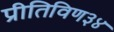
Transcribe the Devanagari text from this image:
प्रीतिविण३४